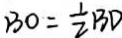
B O = \frac { 1 } { 2 } B D